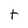
Character: t